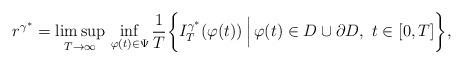
LaTeX: \begin{align*}r^{\gamma^{\ast}} = \limsup_{T \rightarrow \infty} \,\inf_{\varphi(t) \in \Psi} \frac{1}{T} \biggl \{ I_{T}^{\gamma^{\ast}}(\varphi(t)) \, \Bigl \vert \, \varphi(t) \in D \cup \partial D,\,\, t \in [0, T] \biggr\},\end{align*}